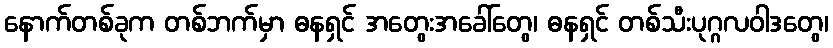
နောက်တစ်ခုက တစ်ဘက်မှာ ဓနရှင် အတွေးအခေါ်တွေ၊ ဓနရှင် တစ်သီးပုဂ္ဂလဝါဒတွေ၊